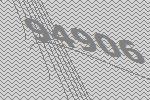
94906